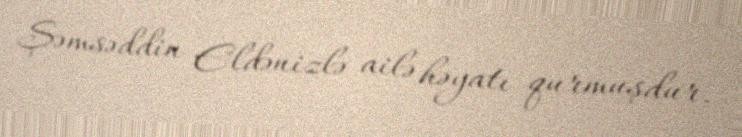
Şəmsəddin Eldənizlə ailə həyatı qurmuşdur.